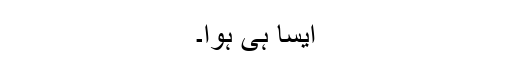
ایسا ہی ہوا۔